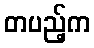
တပည့်က